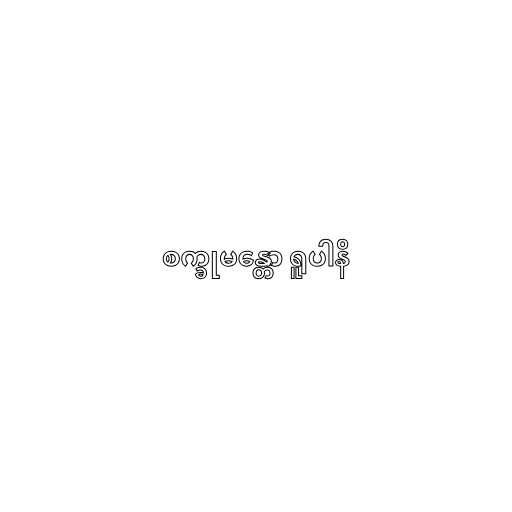
စက္ခုမန္တော ရူပါနိ